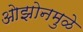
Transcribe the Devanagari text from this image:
ओझोनमुळे